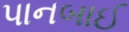
પાનબાઈ